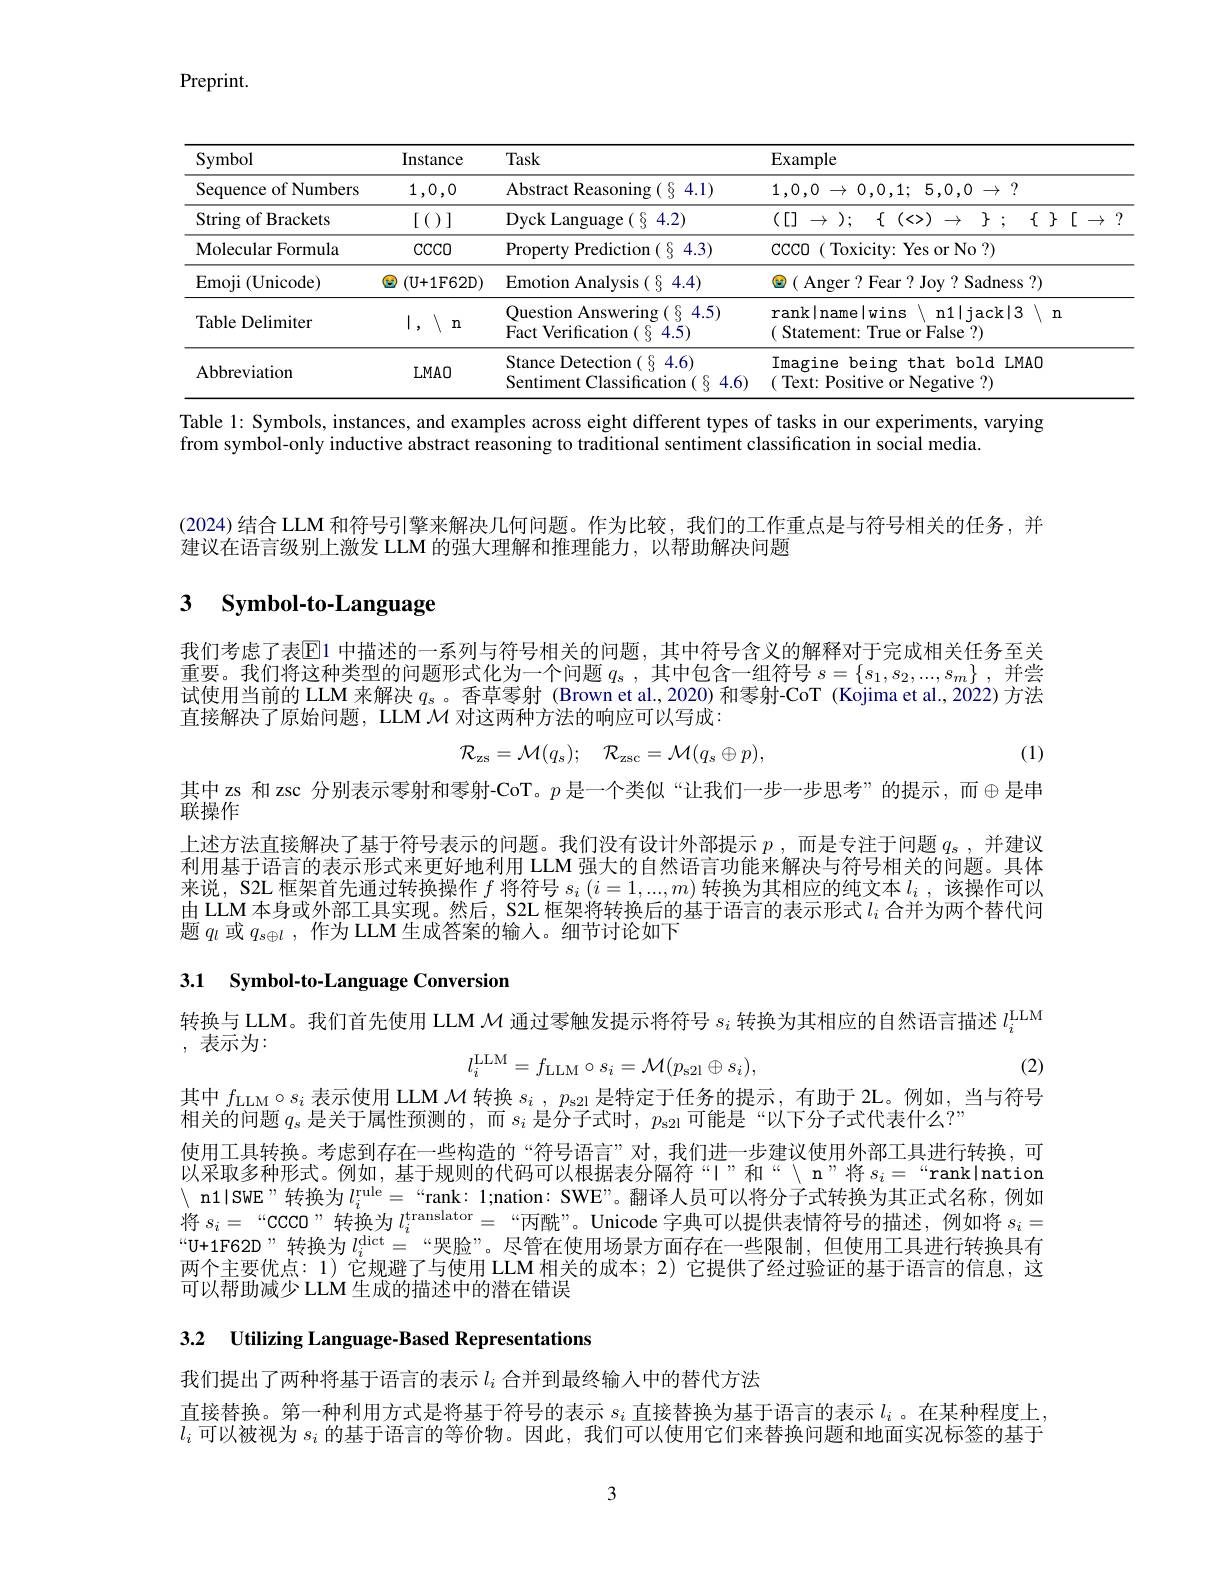
Preprint.

<table>
	<tbody>
		<tr>
			<th>Symbol</th>
			<th>Instance</th>
			<th>Task</th>
			<th>$\operatorname{Example}$</th>
		</tr>
		<tr>
			<td>Sequence of Numbers</td>
			<td>1,0,0</td>
			<td>Abstract Reasoning(§ 4.1)</td>
			<td>$1, 0, 0\rightarrow 0, 0, 1;$ $5, 0, 0\rightarrow$ ?</td>
		</tr>
		<tr>
			<td>String of Brackets</td>
			<td>[()]</td>
			<td>Dyck Language ( $\S$ 4.2)</td>
			<td>$([]\rightarrow);$ $\{$ (<>) $\to$ $\}$ $\nobreak {: } $ $\{$ $\}$ [ $\to$ ,</td>
		</tr>
		<tr>
			<td>Molecular Formula</td>
			<td>$CCCCO$</td>
			<td>Property Prediction ( $\S$ 4.3)</td>
			<td>CCCO ( Toxicity: Yes or No ?)</td>
		</tr>
		<tr>
			<td>Emoji ( Unicode) </td>
			<td>(U+1F62D) 芭</td>
			<td>Emotion Analysis(§ 4.4)</td>
			<td>( Anger? Fear ? Joy ? Sadness ?)</td>
		</tr>
		<tr>
			<td>Table Delimiter</td>
			<td>1, $\setminus$r n</td>
			<td>Question Answering ( § 4.5) Fact Verification( $\S$ 4.5)</td>
			<td>$rank|name|wins\ n1|jack|3\ n$ ( Statement: True or False ?)</td>
		</tr>
		<tr>
			<td>Abbreviation</td>
			<td>$LMAO$</td>
			<td>Stance Detection( § 4.6) Sentiment Classification( 8 4.6</td>
			<td>Imagine being that bold LMAO ( Text: Positive or Negative ?)</td>
		</tr>
	</tbody>
</table>

Table 1: Symbols, instances, and examples across eight different types of tasks in our experiments, varying
from symbol-only inductive abstract reasoning to traditional sentiment classification in social media.

(2024) 结合 LLM 和符号引擎来解决几何问题。作为比较，我们的工作重点是与符号相关的任务，并
建议在语言级别上激发 LLM 的强大理解和推理能力，以帮助解决问题

## 3 $\textbf{Symbol- to- Language}$

我们考虑了表$\overline{\mathrm{E}}$1 中描述的一系列与符号相关的问题，其中符号含义的解释对于完成相关任务至关重要。我们将这种类型的问题形式化为一个问题$q_s$,其中包含一组符号$s=\left\{s_1,s_2,...,s_m\right\}$,并尝试使用当前的 LLM 来解决$q_s$ 。香草零射 (Brown et al.,2020) 和零射-CoT (Kojima et al.,2022)方法直接解决了原始问题，LLM $\mathcal{M}$对这两种方法的响应可以写成：

(1)
$$\mathcal{R}_{\mathrm{zs}}=\mathcal{M}(q_s);\quad\mathcal{R}_{\mathrm{zsc}}=\mathcal{M}(q_s\oplus p),$$
其中 zs 和 zsc 分别表示零射和零射-CoT。$p$ 是一个类似“让我们一步一步思考”的提示，而$\oplus$是串
$\acute{\text{联操作}}$

上述方法直接解决了基于符号表示的问题。我们没有设计外部提示$p$ , 而是专注于问题$q_s$ , 并建议利用基于语言的表示形式来更好地利用 LLM 强大的自然语言功能来解决与符号相关的问题。具体来说，S2L 框架首先通过转换操作$f$将符号$s_i\left(i=1,...,m\right)$转换为其相应的纯文本$l_i$ ,该操作可以由 LLM 本身或外部工具实现。然后，S2L 框架将转换后的基于语言的表示形式$l_i$合并为两个替代问题$q_l$或$q_{s\oplus l}$,作为 LLM 生成答案的输人。细节讨论如下

# 3.1 Symbol-to-Language Conversion

转换与 LLM。我们首先使用 LLM $\mathcal{M}$通过零触发提示将符号$s_i$转换为其相应的自然语言描述$l_i^\mathrm{LLM}$

, 表示为：
$$l_i^{\mathrm{LLM}}=f_{\mathrm{LLM}}\circ s_i=\mathcal{M}(p_{\mathrm{s2l}}\oplus s_i),$$
(2)

其中$f_\mathrm{LLM}\circ s_i$表示使用 LLM $\mathcal{M}$转换$s_i,p_\mathrm{s2l}$是特定于任务的提示，有助于 2L。例如，当与符号
相关的问题$q_s$是关于属性预测的，而$s_i$是分子式时，$p_\text{s2l}$可能是“以下分子式代表什么？”
使用工具转换。考虑到存在一些构造的“符号语言”对，我们进一步建议使用外部工具进行转换，可以采取多种形式。例如，基于规则的代码可以根据表分隔符“II”和“$\" n”将 s_i=“rank|nation$ $\setminus$ n1ISwE”转换为$l_i^\mathrm{rule}=$“rank: 1;nation: SWE”。翻译人员可以将分子式转换为其正式名称，例如将$s_i=$“CCCO”转换为$l_i^\text{translator}=$“丙酰”。Unicode 字典可以提供表情符号的描述，例如将$s_i=$ “U+1F62D”转换为$l_i^\mathrm{dict}=$“哭脸”。尽管在使用场景方面存在一些限制，但使用工具进行转换具有两个主要优点：1) 它规避了与使用 LLM 相关的成本；2) 它提供了经过验证的基于语言的信息，这可以帮助减少 LLM 生成的描述中的潜在错误

3.2 Utilizing Language- Based Representations

我们提出了两种将基于语言的表示$l_i$合并到最终输人中的替代方法
直接替换。第一种利用方式是将基于符号的表示$s_i$直接替换为基于语言的表示$l_i$ 。在某种程度上， $l_i$可以被视为$s_i$的基于语言的等价物。因此，我们可以使用它们来替换问题和地面实况标签的基于

3